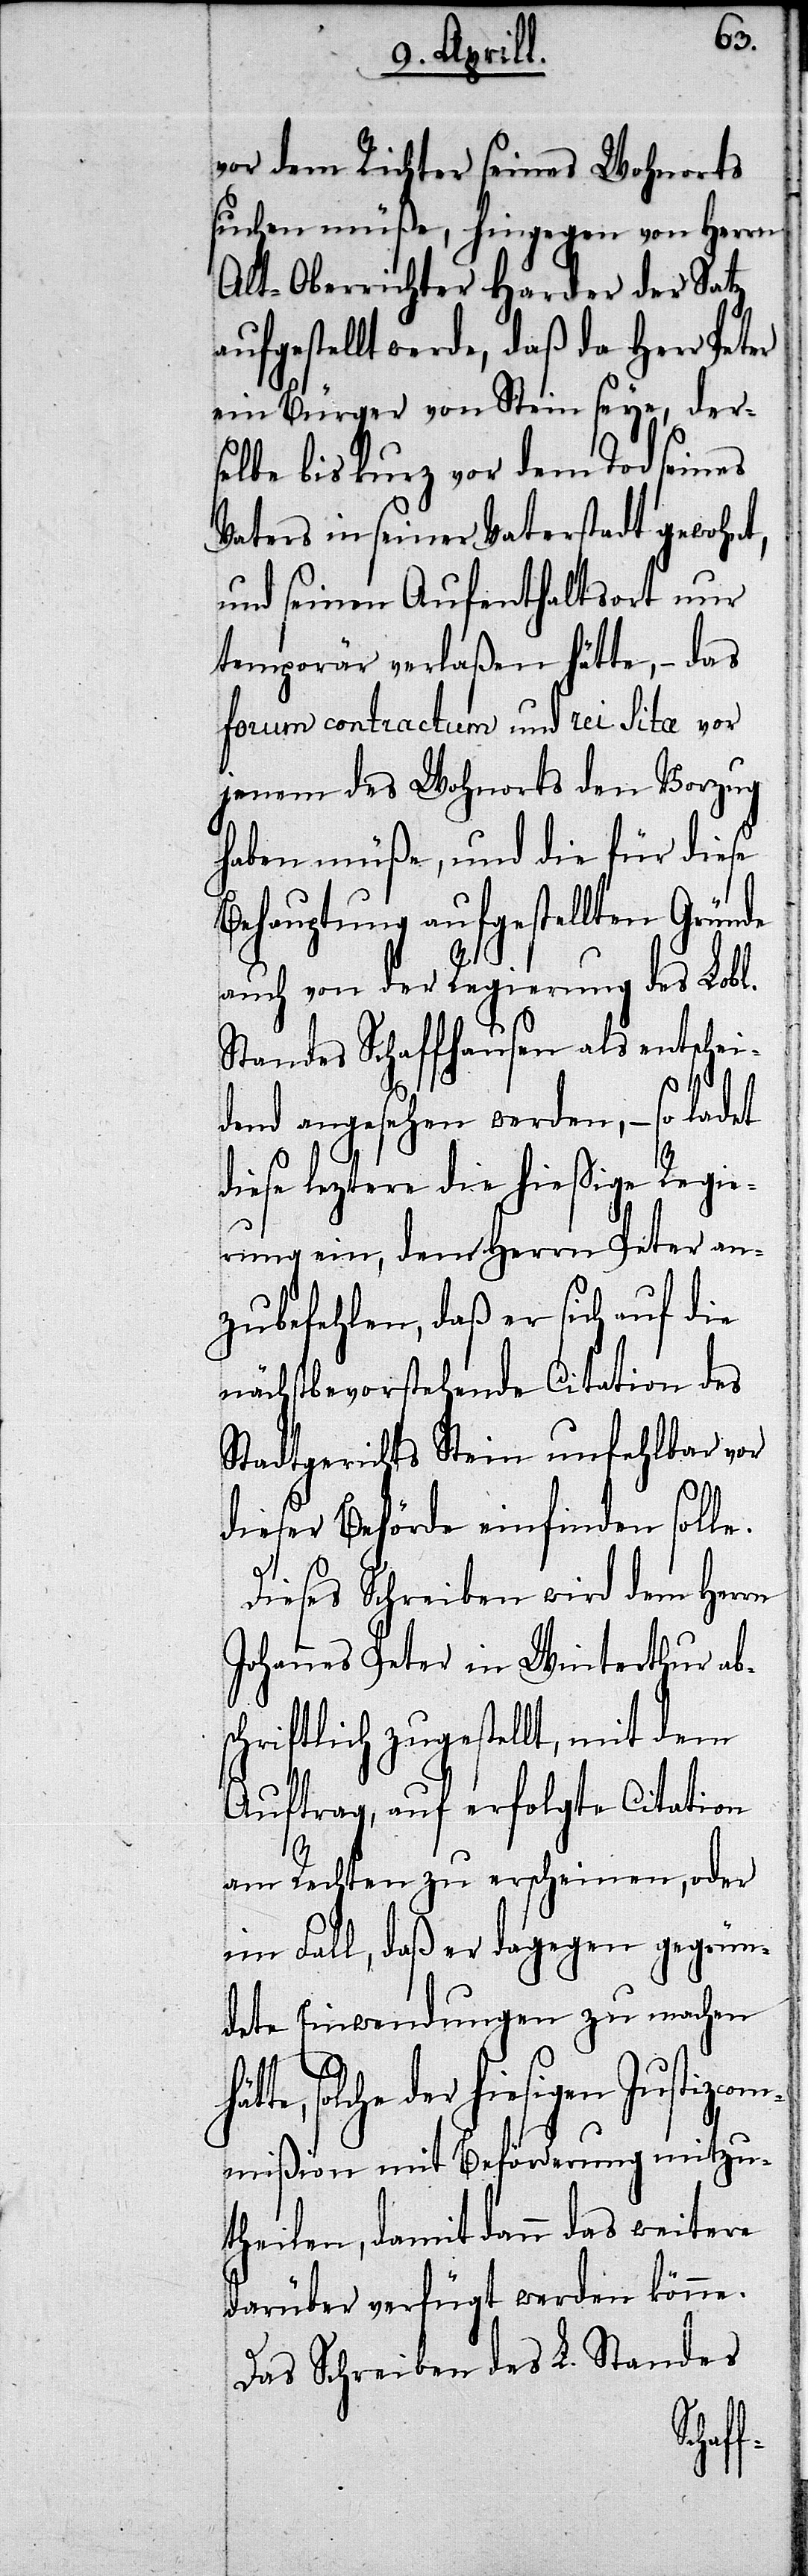
b¬
vor dem Richter seines Wohnorts
suchen müße, hingegen von Herrn
Alt-Oberrichter Harder der Satz
aufgestellt werde, daß da Herr Pe¬
ein Bürger von Stein seye, der¬
selbe bis kurz vor dem Tod seines
Vaters in seiner Vaterstadt gewoh¬
und seinen Aufenthaltsort nur
temporär verlaßen hätte,– das
forum contractum und rei lita vor
jenem des Wohnorts den Vorzug
haben müße, und die für diese
Behauptung aufgestellten Grün¬
auch von der Regierung des Lobl.
Standes Schaffhausen als entschei¬
dend angesehen werden,– so ladet
de
diese leztere die hießige Regie¬
rung ein, dem Herrn Peter an¬
zubefehlen, daß er sich auf die
nächstbevorstehende Citation des
Stadtgerichts Stein unfehlbar vor
dieser Behörde einfinden solle.
Dieses Schreiben wird dem Herrn
Johannes Peter in Winterthur a¬
schriftlich zugestellt, mit dem
Auftrag, auf erfolgte Citation
am Rechten zu erscheinen, oder
im Fall, daß er dagegen gegrün¬
dete Einwendungen zu machen
solche der hiesigen Justiz¬
mmißion mit Beförderung mitzu¬
theilen, damit dann das weitere
darüber verfügt werden könne.
Das Schreiben des L. Standes
co¬